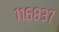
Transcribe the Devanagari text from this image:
११६८३७